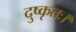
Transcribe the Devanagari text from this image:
दुष्कृतः।